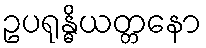
ဥပရုန္ဓိယတ္တနော